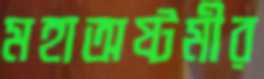
মহাঅষ্টমীর